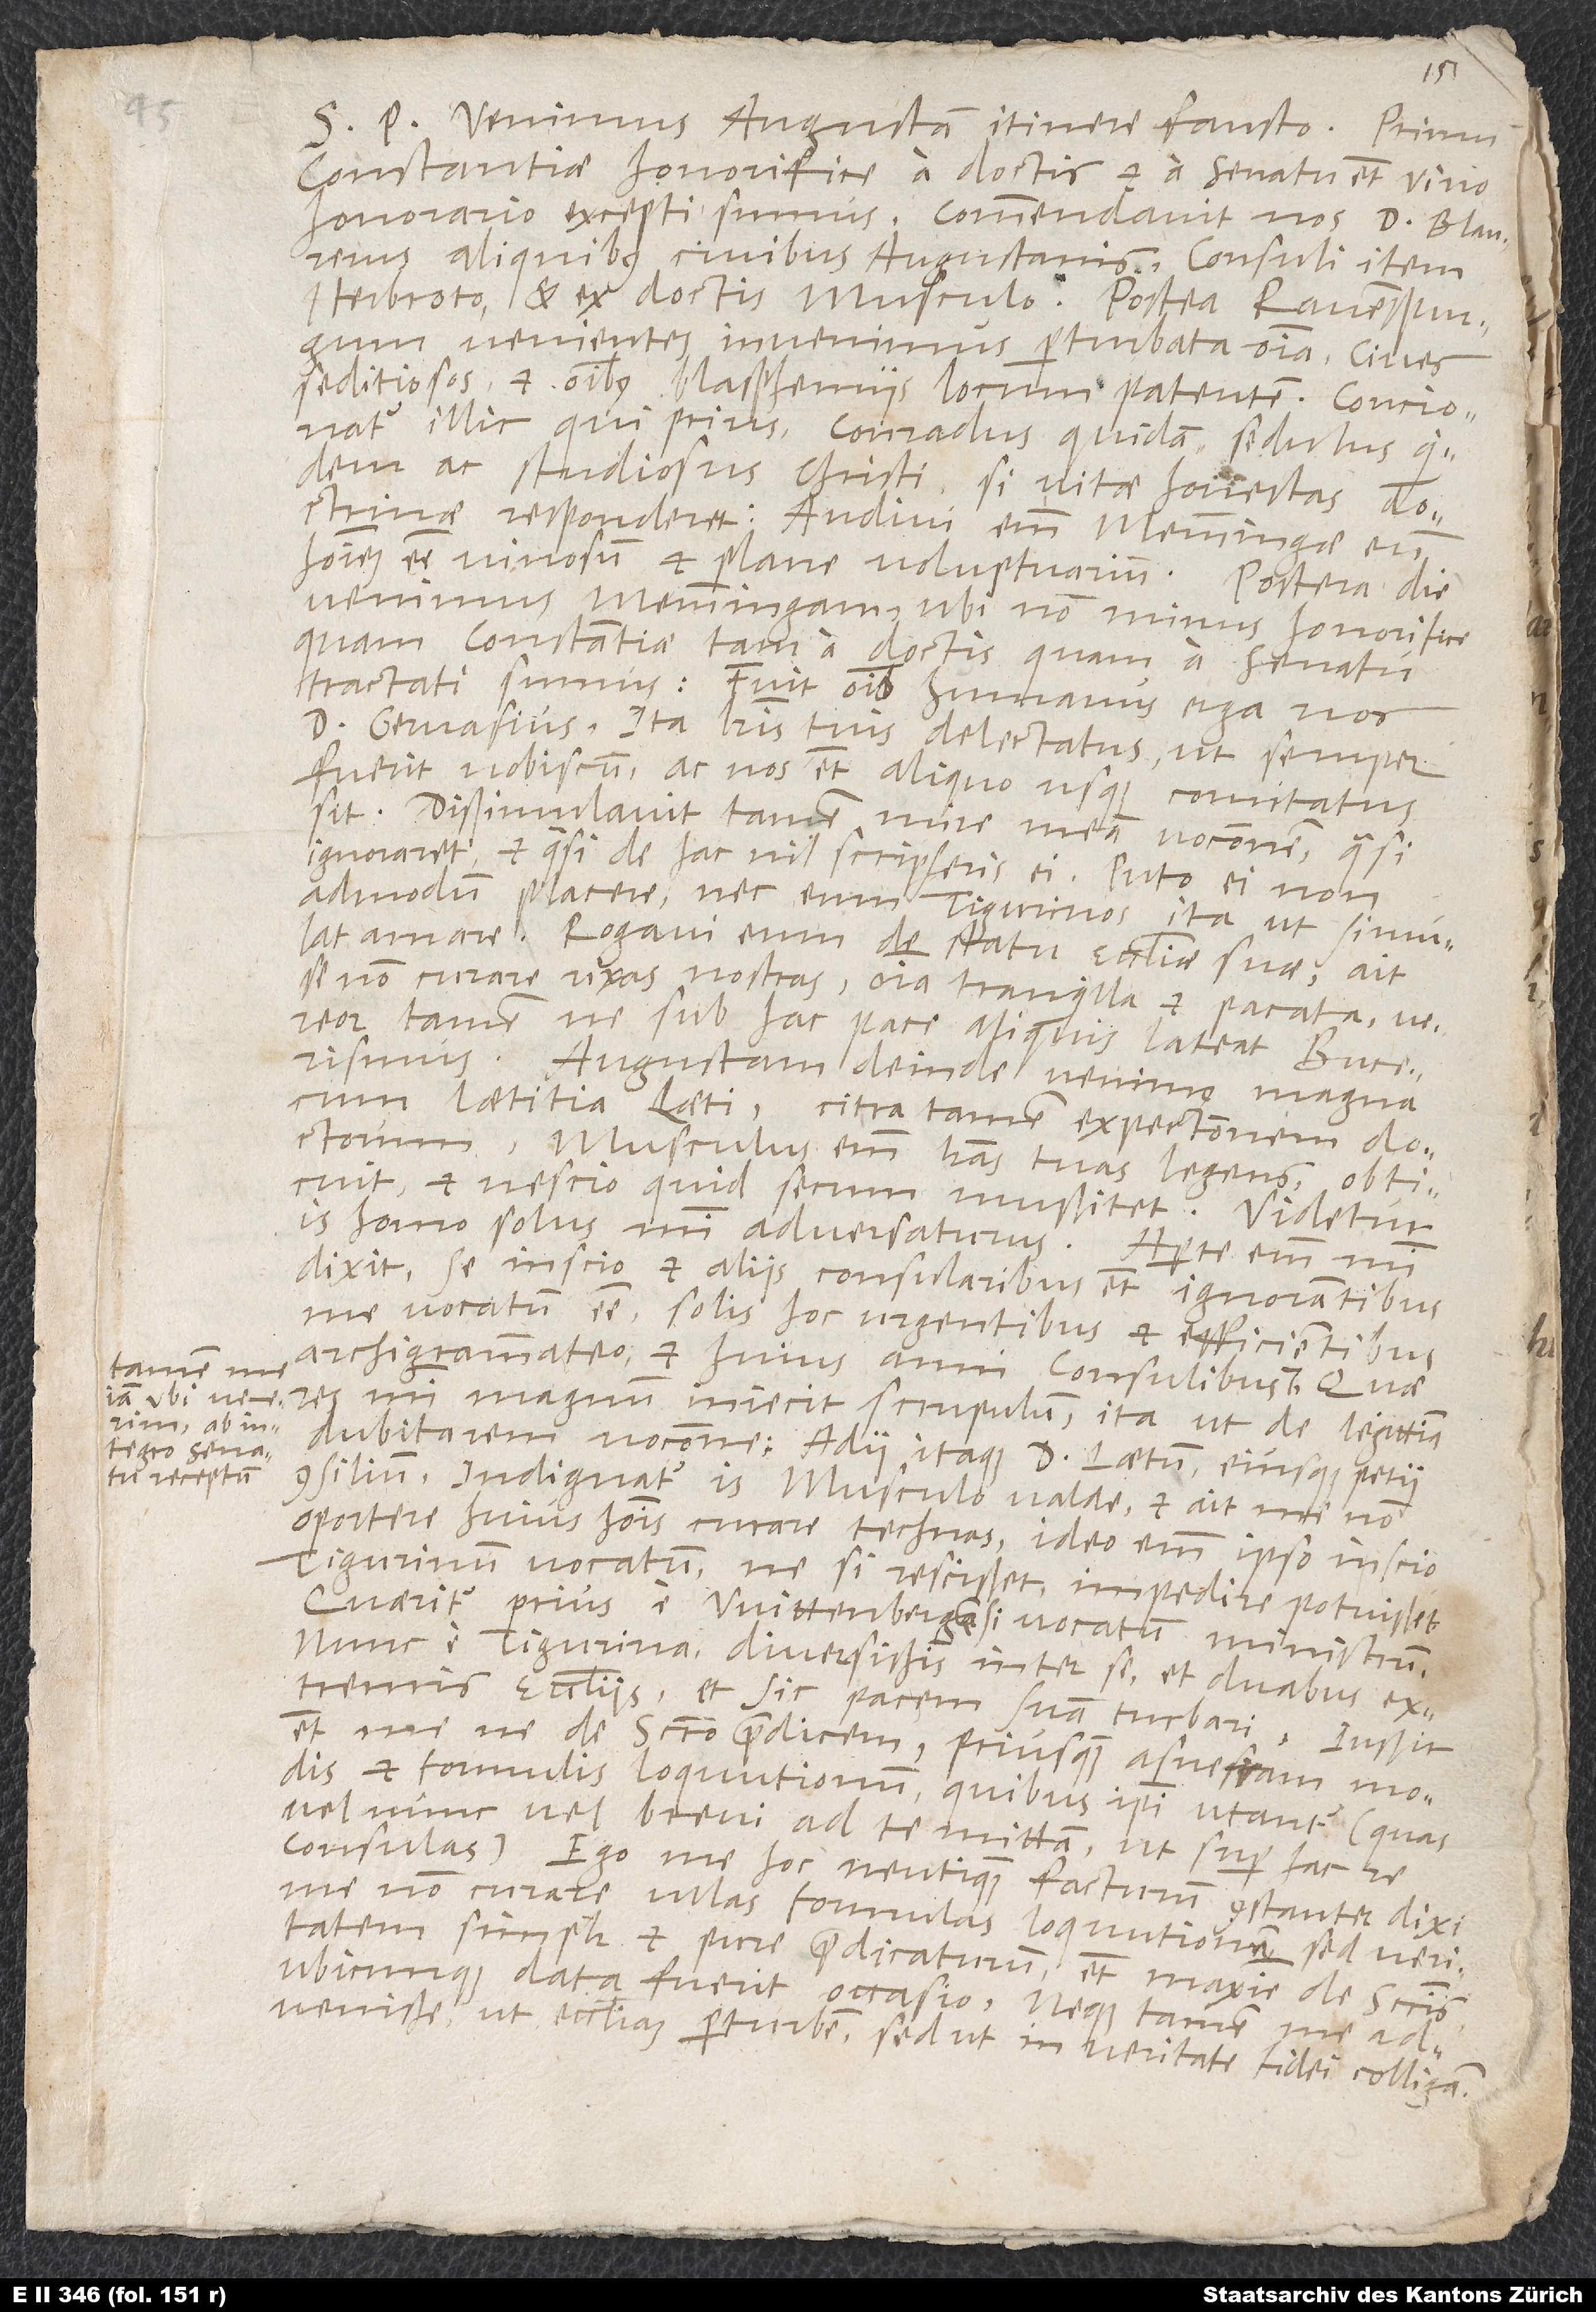
(tamen me
iam, ubi venerim,
ab
integro senatu

S. Venimus Augustam itinere fausto. Primum
Constantiae honorifice a doctis et a senatu, etiam vino
honorario, excepti sumus. Commendavit nos d. Blaurerus
aliquibus civibus Augustanis, consuli item
Herbroto, et ex doctis Musculo. Postea Ravenspurgum
venientes invenimus perturbata omnia: cives
seditiosos et omnibus blasphemiis locum patentem. Concionatur
illic, qui prius, Conradus quidam, sedulus quidem
ac studiosus Christi si vitae honestas doctrinae
responderet; audivi enim Memmingae eum
hominem esse vinosum et plane voluptuarium. Postera die
venimus Memmingam, ubi non minus honorifice
quam Constantiae tam a doctis quam a senatu
tractati sumus. Fuit omnino humanus erga nos
d. Gervasius, ita literis tuis delectatus, ut semper
fuerit nobiscum ac nos etiam aliquo usque comitatus
sit. Dissimulavit tamen mire meam vocationem, quasi
ignoraret et quasi de hac nihil scripseris ei. Puto ei non
admodum placere, nec eum Tigurinos ita, ut simulat,
amare. Rogavi eum de statu ecclesiae suae. Ait
se non curare rixas nostras; omnia tranquilla et pacata. Vereor
tamen, ne sub hac pace aliquis lateat Bucerismus.
Augustam deinde venimus magna
cum laetitia Laeti, citra tamen expectationem doctorum.
Musculus literas tuas legens obticuit
et nescio quid secum mussitet. Videtur
is homo solus mihi adversaturus. Aperte enim mihi
dixit se inscio et aliis consularibus etiam ignorantibus
me vocatus esse solis hoc urgentibus et efficientibus
archigrammateo et huius anni consulibus
res mihi magnum iniecit scrupulum, ita ut de legittima
dubitarem vocatione. Adii itaque d. Laetum eiusque petii
consilium. Indignatur is Musculo valde et ait me non
oportere huius hominis curare technas; ideo enim ipso inscio
Tigurinum vocatum, ne, si rescisset, impedire potuisset.
Quaeritur prius e Wittenbergensi vocatum ministrum,
nunc e Tigurina, diversissimis inter se et duabus extremis
ecclesiis, et sic pacem suam turbari. Iussit
etiam me, ne de sacramento praedicem, priusquam assuescam modis
et formulis loquutionum, quibus ipsi utantur (quas
vel nunc vel brevi ad te mittam, ut super hac re
consulas). Ego me hoc neutiquam facturum constanter dixi,
me non curare ullas formulas loquutionum, sed veritatem
simpliciter et pure praedicaturum, etiam maxime de sacramentis,
ubicunque data fuerit occasio; neque tamen me
advenisse, ut ecclesiam perturbem, sed ut in veritate fidei colligam.